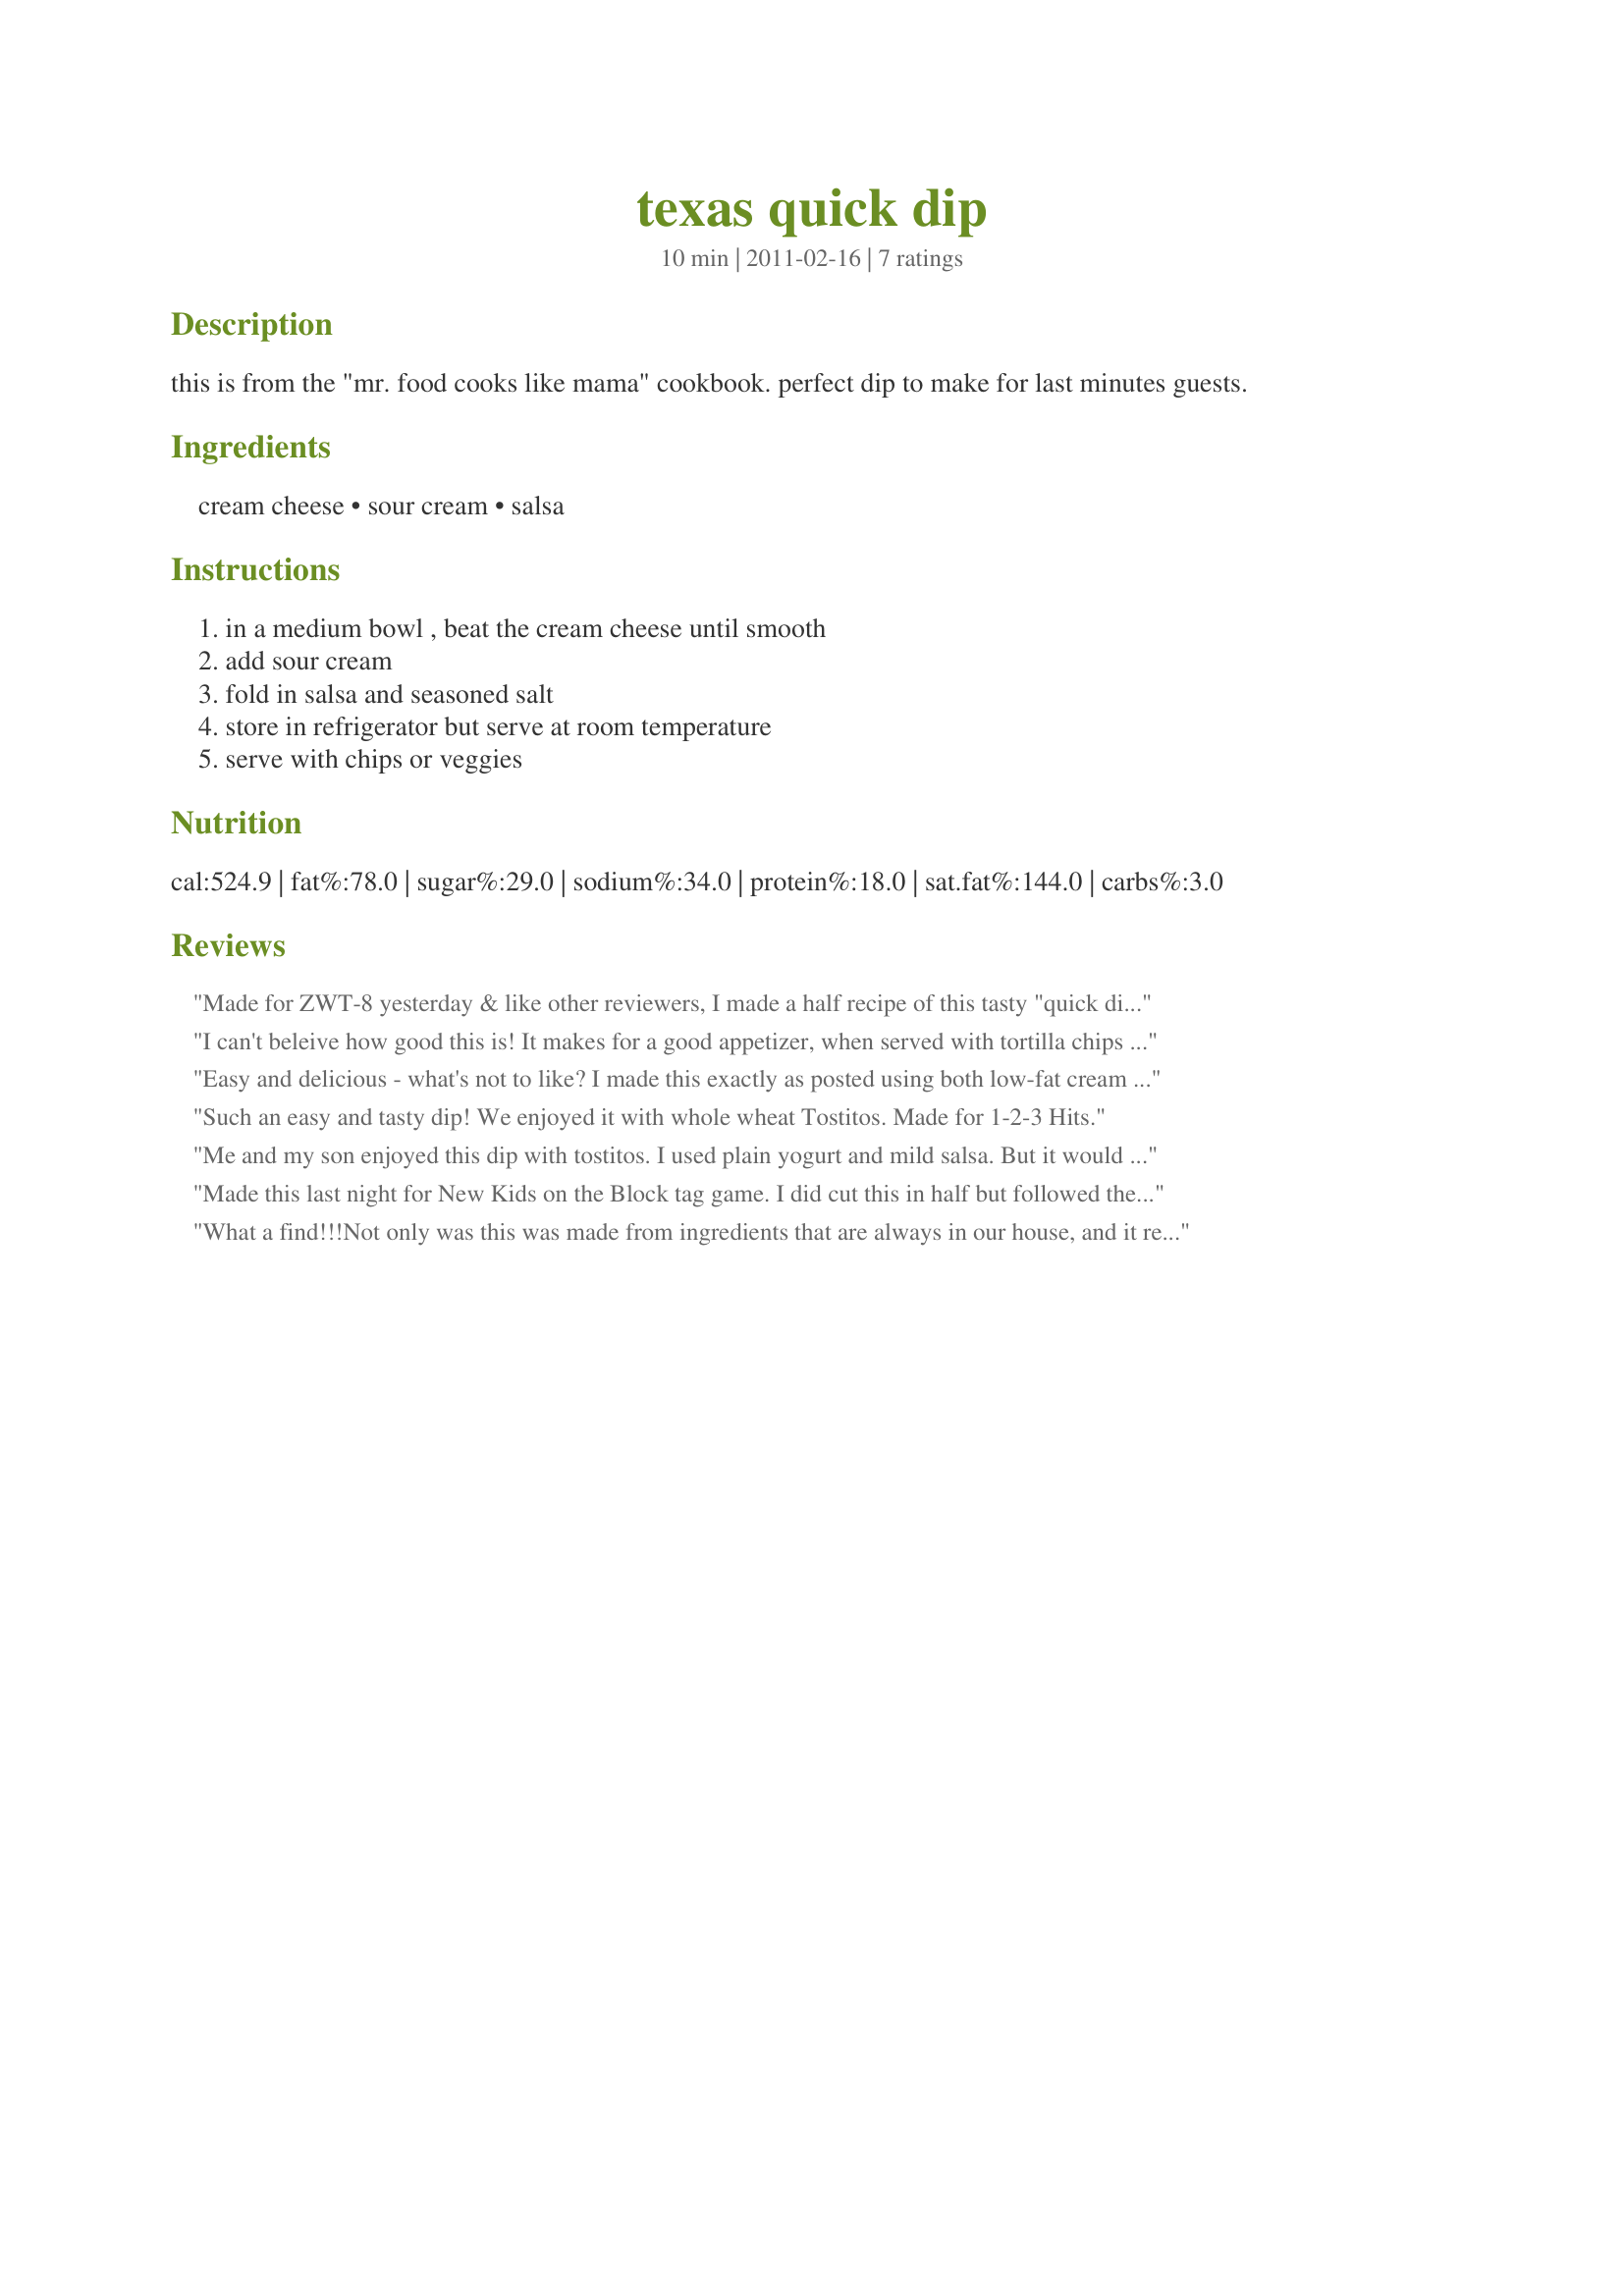
texas quick dip
Preparation time: 10 minutes

this is from the "mr. food cooks like mama" cookbook. perfect dip to make for last minutes guests.

Ingredients:
cream cheese, sour cream, salsa

Steps:
in a medium bowl , beat the cream cheese until smooth, add sour cream, fold in salsa and seasoned salt, store in refrigerator but serve at room temperature, serve with chips or veggies

Reviews:
Made for ZWT-8 yesterday & like other reviewers, I made a half recipe of this tasty "quick dip". There's just 2 of us & DH is away on a fishing trip, but he'll enjoy a leftover snack when he gets home late tonite. I used a med-heat chunky salsa, reg cream cheese & low-fat sour cream I had on-hand. While I esp liked the creamy richness, I do suggest using a chunky variety salsa to add texture to the dip. In fact, after my taste test I added chopped black olives for myself & for DH when he returns. Part of the appeal of your recipe is how easily it allows for these types of pers pref. This dip was enjoyed as a "prelude" to your Recipe #300135. Thx for posting this recipe for us.
I can't beleive how good this is! It makes for a good appetizer, when served with tortilla chips and crackers! And it was very creamy, and I love creamy dips, especially after this one! I used mild salsa for the recipe.
Easy and delicious - what's not to like? I made this exactly as posted using both low-fat cream cheese and sour cream with a hot salsa. It really wasn't even that spicy because the sour cream and cream cheese seemed to cool it down. We enjoyed this with sea salt tortilla chips. This does make a lot, so you could easily halve this, if you wish. Thanks for sharing!
Such an easy and tasty dip! We enjoyed it with whole wheat Tostitos. Made for 1-2-3 Hits.
Me and my son enjoyed this dip with tostitos. I used plain yogurt and mild salsa. But it would be so good with spicy salsa. Thanks AZPARZYCH :) Made for 123 hit wonders
Made this last night for New Kids on the Block tag game. I did cut this in half but followed the directions. Served with chips and the neighbors and us really enjoyed it. Quite simple and tasty.
What a find!!!<br/>Not only was this was made from ingredients that are always in our house, and it really couldn't have been simpler to throw together, but it tasted really fantastic too...DH and I both loved it, and devoured it in double quick time.<br/>A great little dip to stick up your sleeve for unexpected guests...<br/>Made for THINK PINK-OCT '11.
